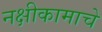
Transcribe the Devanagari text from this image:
नक्षीकामाचे